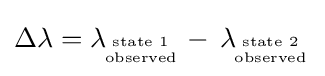
\Delta \lambda =\lambda \!_{{\text{state 1}} \atop {\text{observed}}}-\,\lambda \!_{{\text{state 2}} \atop {\text{observed}}}